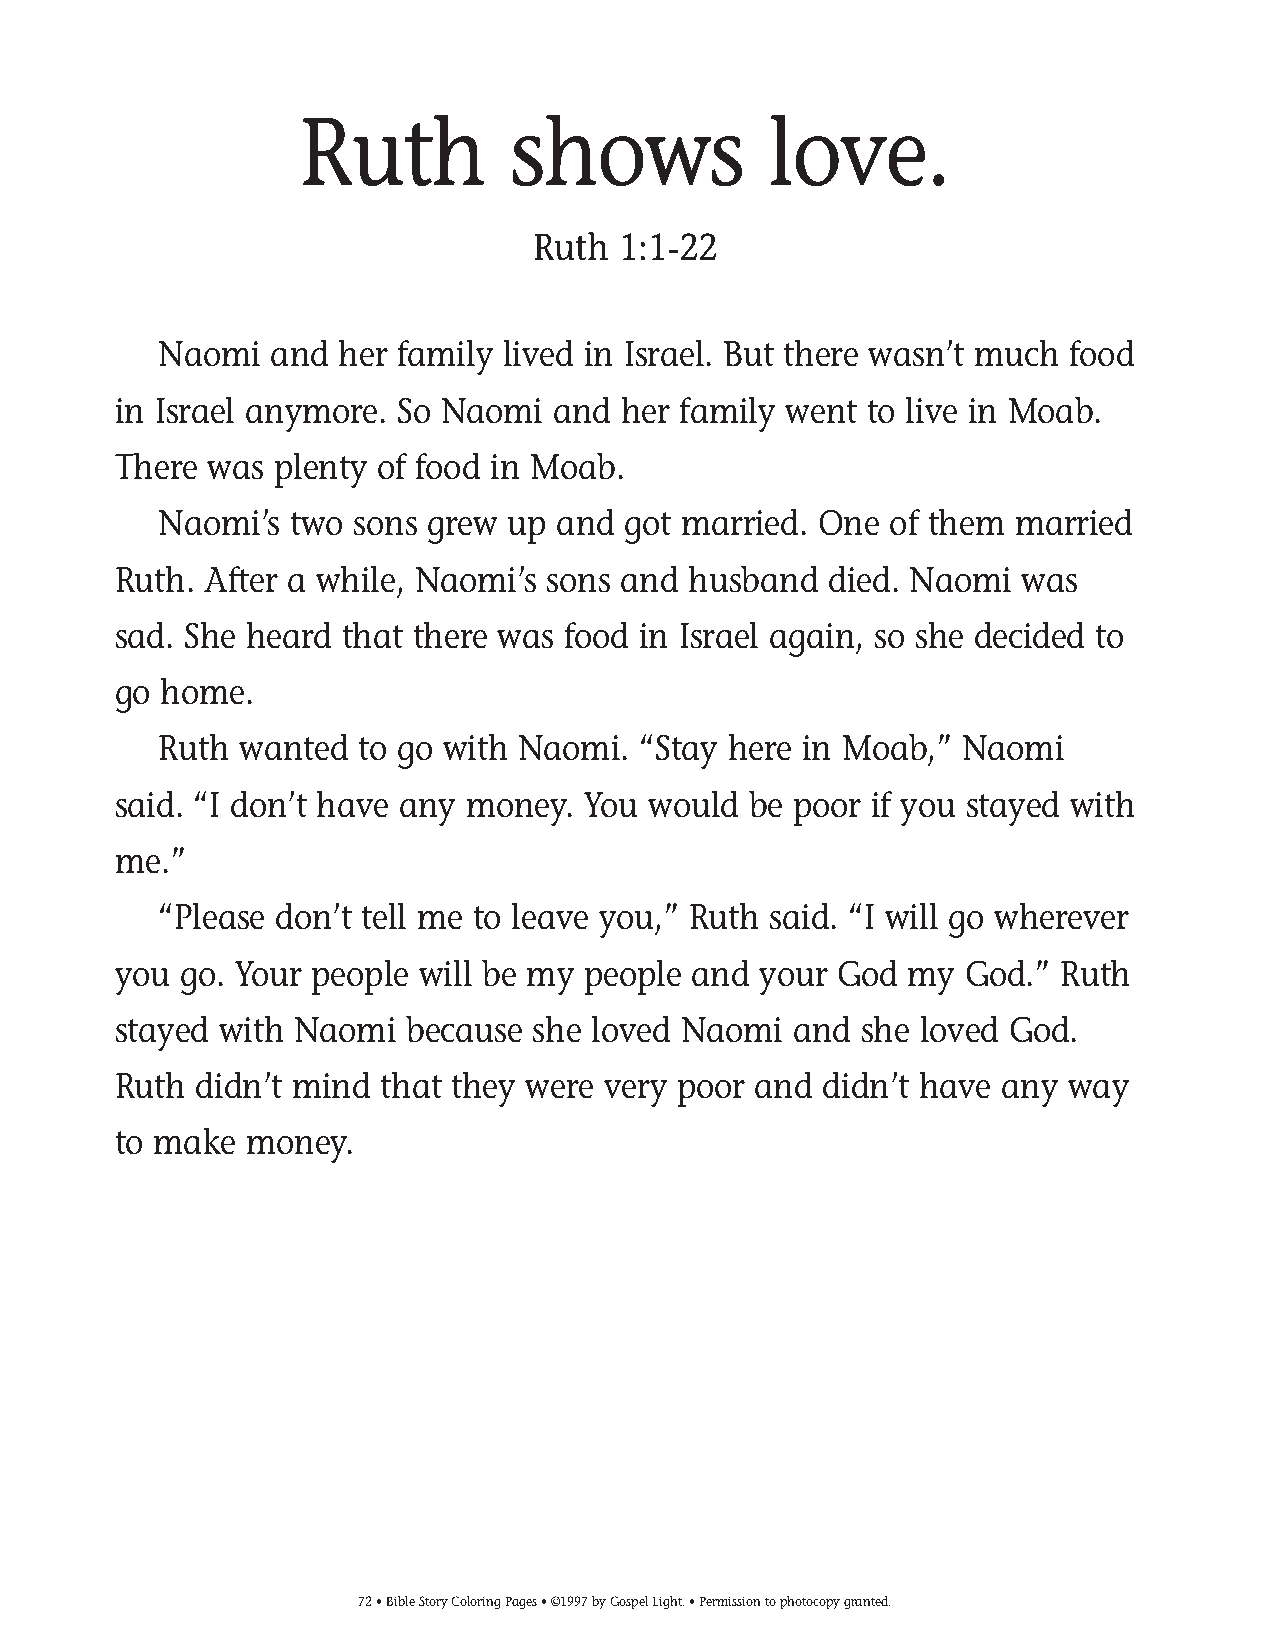
065-94 Coloring pgs_065-94 Coloring pgs 2/19/14 11:46 AM Page 72
 Ruth          shows            love.
 Ruth 1:1-22
 Naomi  and  her family lived in Israel. But there wasn’t much food
 in Israel anymore. So Naomi  and  her family went to live in Moab.
 There was  plenty of food in Moab.
 Naomi’s  two sons grew up and  got married. One of them  married
 Ruth. After a while, Naomi’s sons and husband  died. Naomi  was
 sad. She heard that there was food in Israel again, so she decided to
 go home.
 Ruth wanted  to go with Naomi.  “Stay here in Moab,” Naomi
 said. “I don’t have any money. You would  be poor if you stayed with
 me.”
 “Please don’t tell me to leave you,” Ruth said. “I will go wherever
 you go. Your people will be my people and  your God  my God.”  Ruth
 stayed with Naomi  because  she loved Naomi  and she loved God.
 Ruth didn’t mind  that they were very poor and didn’t have any way
 to make  money.
 72• Bible Story Coloring Pages • ©1997 by Gospel Light. • Permission to photocopy granted.